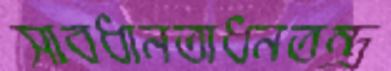
সাবধানতাধনতন্ত্র